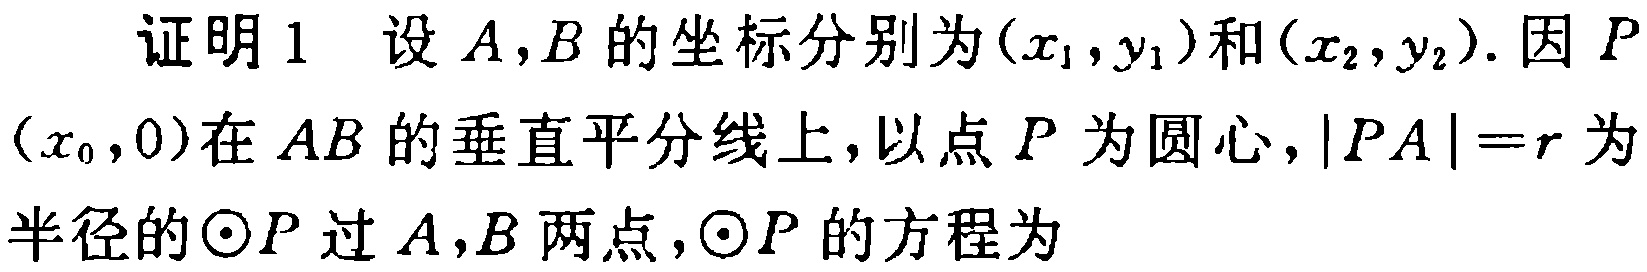
证明1 设 \(A,B\) 的坐标分别为 \((x_{1},y_{1})\) 和 \((x_{2},y_{2})\). 因 \(P(x_{0},0)\) 在 \(AB\) 的垂直平分线上，以点 \(P\) 为圆心，\(\vert PA\vert = r\) 为半径的 \(\odot P\) 过 \(A,B\) 两点，\(\odot P\) 的方程为